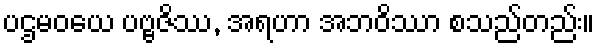
ပဌမဝယေ ပဗ္ဗဇိဿ, အရဟာ အဘဝိဿာ စသည်တည်း။